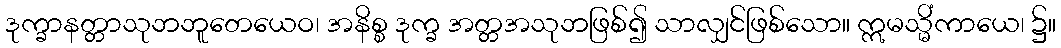
ဒုက္ခာနတ္တာသုဘဘူတေယေဝ၊ အနိစ္စ ဒုက္ခ အတ္တအသုဘဖြစ်၍ သာလျှင်ဖြစ်သော။ ဣမသ္မိံကာယေ၊ ၌။